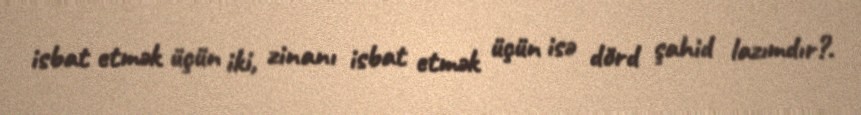
isbat etmək üçün iki, zinanı isbat etmək üçün isə dörd şahid lazımdır?.